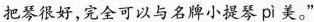
把琴很好，完全可以与名牌小提琴 pì美。”